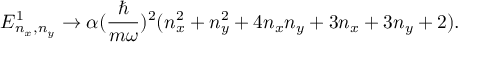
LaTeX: E _ { n _ { x } , n _ { y } } ^ { 1 } \rightarrow \alpha ( { \frac { \hbar } { m \omega } } ) ^ { 2 } ( n _ { x } ^ { 2 } + n _ { y } ^ { 2 } + 4 n _ { x } n _ { y } + 3 n _ { x } + 3 n _ { y } + 2 ) .